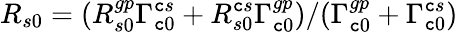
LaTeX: R_{s0}=(R_{s0}^{gp}\Gamma_{\mathtt{c}0}^{\mathtt{c}s}+R_{s0}^{\mathtt{c}s}\Gamma_{\mathtt{c}0}^{gp})/(\Gamma_{\mathtt{c}0}^{gp}+\Gamma_{\mathtt{c}0}^{\mathtt{c}s})